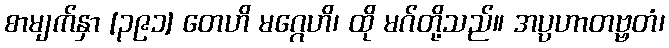
စာမျက်နှာ [၃၉၁] တေဟိ မဂ္ဂေဟိ၊ ထို မဂ်တို့သည်။ အပ္ပဟာတဗ္ဗတံ၊